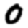
Digit: 0